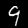
Label: 9